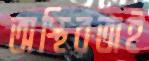
অস্থিরতাই